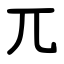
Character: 兀